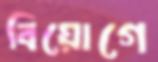
বিয়োগে